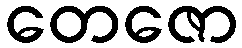
တေဇော